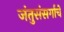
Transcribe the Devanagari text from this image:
जंतुसंसर्गाचे